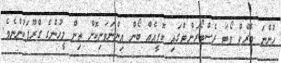
ހުންނަ ބްރޭކް ވޯޓަ ރެސްޓޯރަންޓްގައި ކޮފީއެއް ބޯން އިންނަވަނިކޮށް ތިން މީހުންގެ ގްރޫޕަކުންނެވެ.